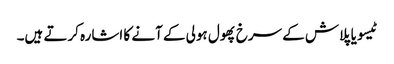
ٹیسو یا پلاش کے سرخ پھول ہولی کے آنے کا اشارہ کرتے ہیں۔